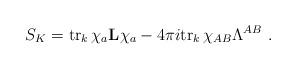
LaTeX: \begin{align*}S_{K}={\rm tr}_k\,\chi_a{\bf L}\chi_a - 4\pi i {\rm tr}_{k}\,\chi_{AB}\Lambda^{AB}\ .\end{align*}